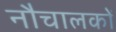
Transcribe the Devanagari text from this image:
नौचालकों